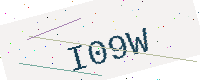
Text: I09W